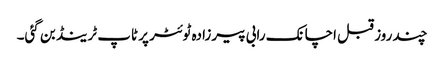
چند روز قبل اچانک رابی پیرزادہ ٹوئٹر پر ٹاپ ٹرینڈ بن گئی۔